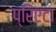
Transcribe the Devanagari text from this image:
प्रिएटा